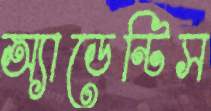
অ্যাডেন্টিস